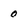
Character: 0